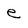
Character: e